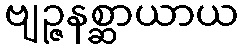
ဗျဉ္ဇနစ္ဆာယာယ